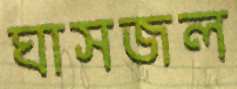
ঘাসজল